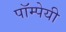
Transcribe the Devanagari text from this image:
पॉम्पेयी